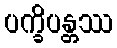
ပက္ခိပန္တဿ